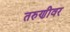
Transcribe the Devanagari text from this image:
तरुणीवर